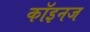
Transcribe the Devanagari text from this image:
कॉइनज